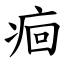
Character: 痐